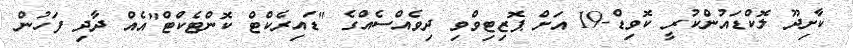
ކާށިދޫ ލޮކްޑައުންކުރީ ކޮވިޑް-19 އަށް ޕޮޒިޓިވްވި ދިވެއްސެއްގެ "ޑައިރެކްޓް ކޮންޓެކްޓް"އެއް ދާދި ފަހުން